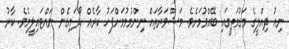
ނިއު ދިއްލީގެ މަގުމަތީގައި ބޭއްވުމަށެވެ. މަޝްވަރާތައް ނިންމުމުމަށްފަހު ކާރެއް ހޯދައިގެން ނައްޓައިލީމެވެ. ކާރު